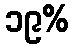
၁၉%